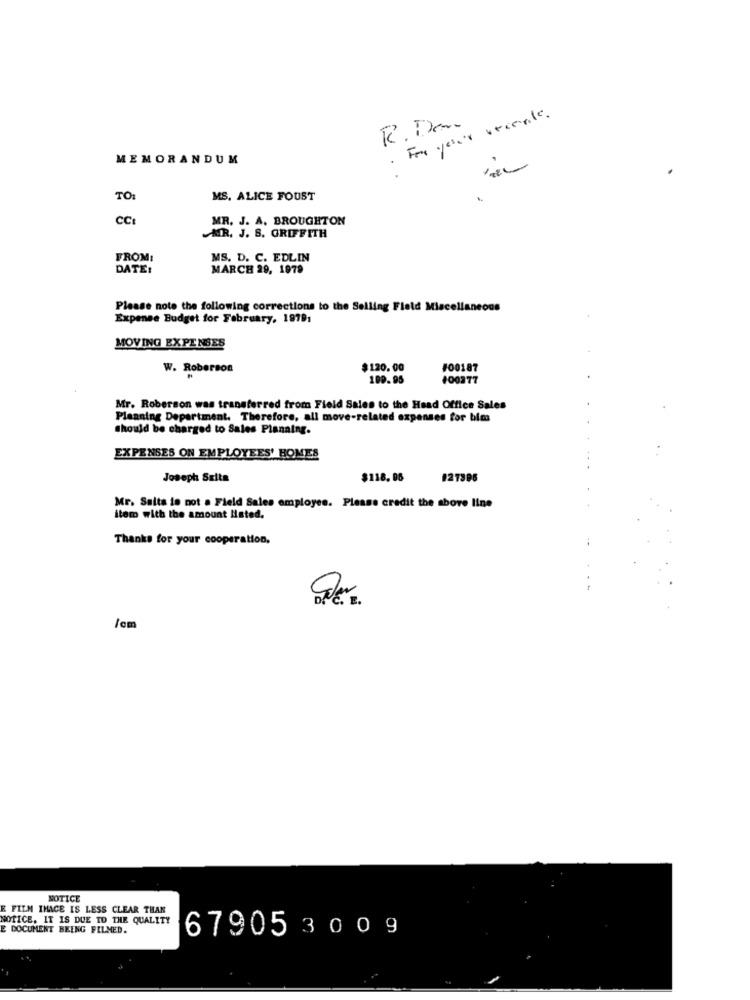
· For your vecerle.
R. Den
MEMORANDUM
TO:
MS. ALICE FOUST
CCI
MR. J. A. BROUGHTON
MR. J. S. GRIFFITH
FROM:
MS. D. C. EDLIN
DATE:
MARCH 29, 1979
Please note the following corrections to the Selling Field Mia
Expense Budget for February, 19791
MOVING EXPENSES
W. Roberson
$120.00
#00187
100.95
100377
Mr. Roberson was transferred from Field Sales to the Head Office Sales
Planning Department. Therefore, all move-related expenses for bims
should be charged to Sales Planning.
EXPENSES ON EMPLOYEES' HOMES
Joseph Szita
$118.96
127306
Mr. Salta is not a Field Sales employee. Please credit the above line
item with the amount Hated.
Thanks for your cooperation,
/cm
NOTICE
E FILM IMAGE IS LESS CLEAR THAN
NOTICE, IT IS DUE TO THE QUALITY
E DOCUMENT BEING FILMED.
67905300 9